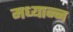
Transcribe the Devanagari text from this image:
मध्यान्न